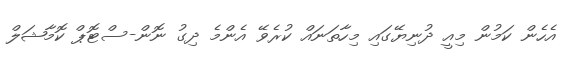
އެހެން ކަމުން މިއީ ދުނިޔޭގައި މިހާތަނައް ކުރެވޭ އެންމެ ދިގު ނޮން-ސްޓޮޕް ކޮމާޝަލް